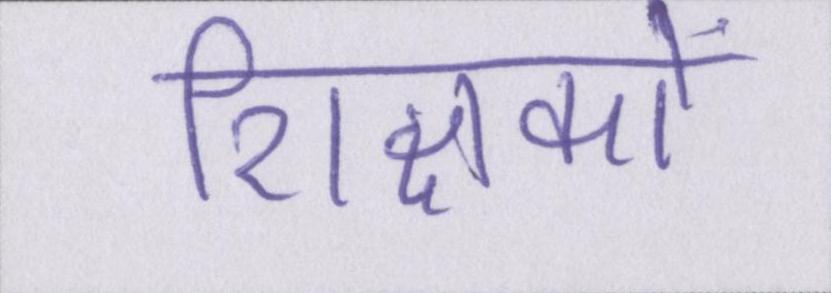
शिक्षकों